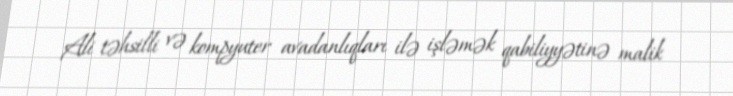
Ali təhsilli və kompyuter avadanlıqları ilə işləmək qabiliyyətinə malik